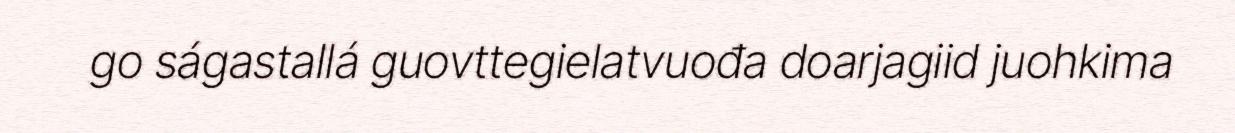
go ságastallá guovttegielatvuođa doarjagiid juohkima